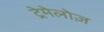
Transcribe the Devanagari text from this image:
ट्रेमेलोज़